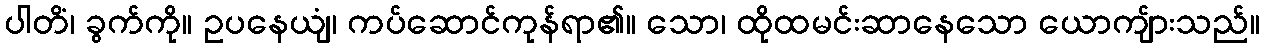
ပါတိံ၊ ခွက်ကို။ ဥပနေယျံ၊ ကပ်ဆောင်ကုန်ရာ၏။ သော၊ ထိုထမင်းဆာနေသော ယောကျ်ားသည်။